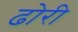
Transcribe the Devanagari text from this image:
ढोरी